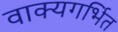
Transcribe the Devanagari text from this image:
वाक्यगर्भित